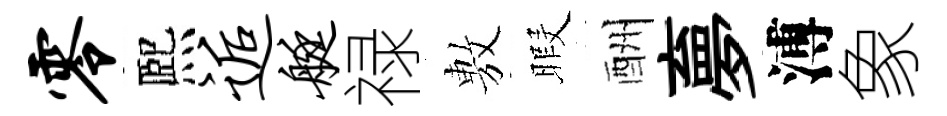
零熈逅艇禄𢾾暇酬夣溥象